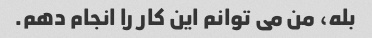
بله، من می توانم این کار را انجام دهم.